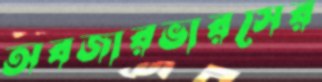
অবজারভারসের